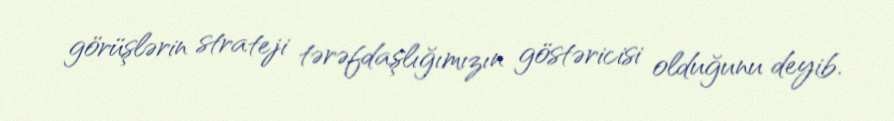
görüşlərin strateji tərəfdaşlığımızın göstəricisi olduğunu deyib.